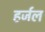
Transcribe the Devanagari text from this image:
हर्जल